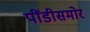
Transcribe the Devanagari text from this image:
पींडीसमोर